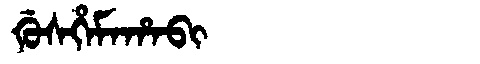
Manchu: ᡤᡠᠰᡥᡝᠮᠠᡥᠠᠪᡳ
Romanization: GUSHEMAHABI